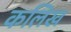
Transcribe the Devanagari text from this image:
कलिख